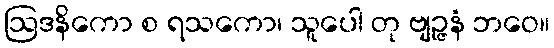
ဩဒနိကော စ ရသကော၊ သူပေါ တု ဗျဉ္ဇနံ ဘဝေ။